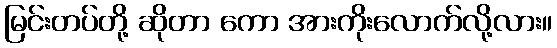
မြင်းတပ်တို့ ဆိုတာ ကော အားကိုးလောက်လို့လား။